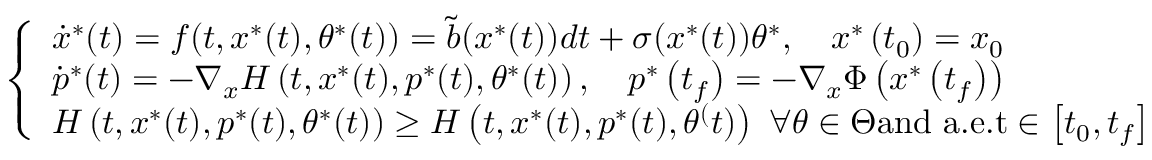
\left\{ \begin{array} { l } { \dot { x } ^ { * } ( t ) = f ( t , x ^ { * } ( t ) , \theta ^ { * } ( t ) ) = \tilde { b } ( x ^ { * } ( t ) ) d t + \sigma ( x ^ { * } ( t ) ) \theta ^ { * } , \quad x ^ { * } \left( t _ { 0 } \right) = x _ { 0 } } \\ { \dot { p } ^ { * } ( t ) = - \nabla _ { x } H \left( t , x ^ { * } ( t ) , p ^ { * } ( t ) , \theta ^ { * } ( t ) \right) , \quad p ^ { * } \left( t _ { f } \right) = - \nabla _ { x } \Phi \left( x ^ { * } \left( t _ { f } \right) \right) } \\ { H \left( t , x ^ { * } ( t ) , p ^ { * } ( t ) , \theta ^ { * } ( t ) \right) \geq H \left( t , x ^ { * } ( t ) , p ^ { * } ( t ) , \theta ^ { ( } t ) \right) \ \forall \theta \in \Theta \mathrm { a n d ~ a . e . t } \in \left[ t _ { 0 } , t _ { f } \right] } \end{array} \right.